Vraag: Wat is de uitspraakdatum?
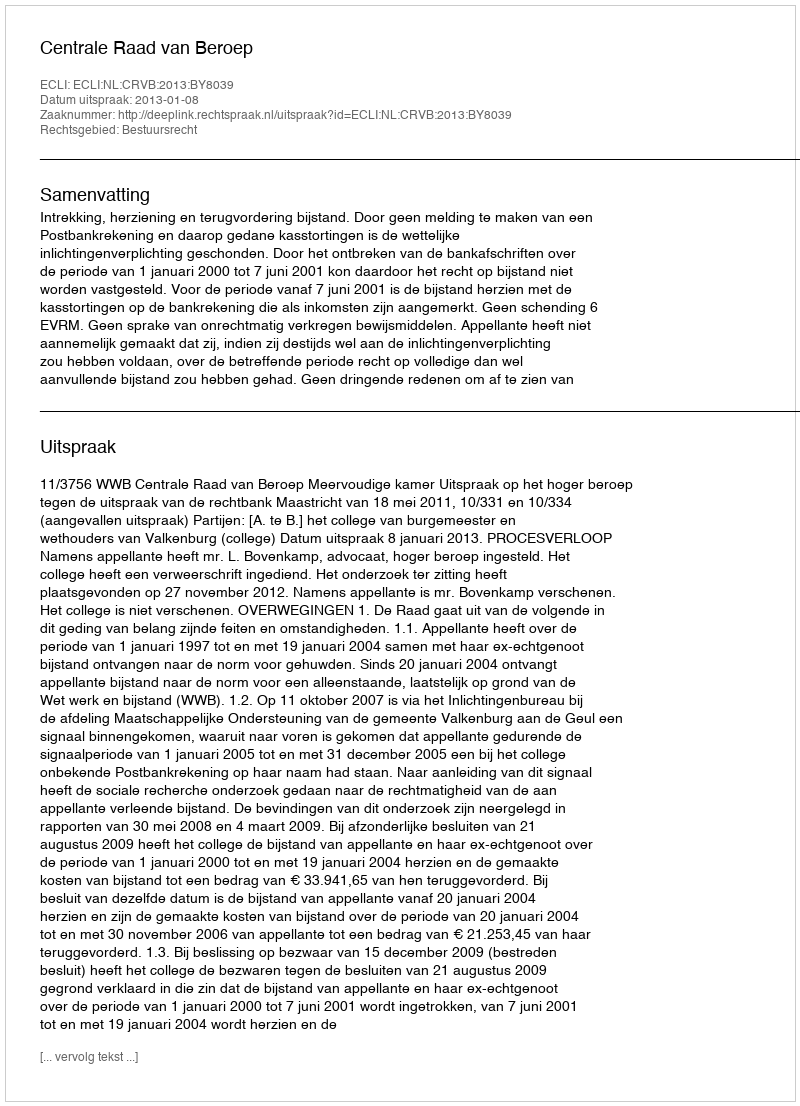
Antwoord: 2013-01-08